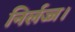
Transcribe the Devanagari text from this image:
निर्लज्ज।